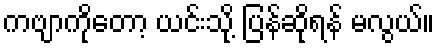
ကဗျာကိုတော့ ယင်းသို့ ပြန်ဆိုရန် မလွယ်။